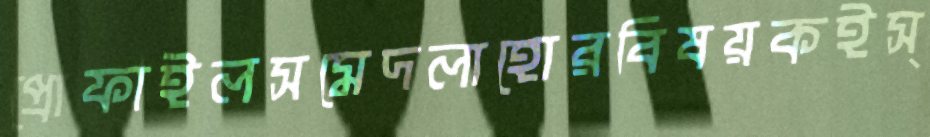
প্রোফাইলসমেদলাহোরবিষয়কইস্